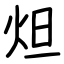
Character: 炟